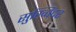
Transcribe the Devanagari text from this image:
सुख्विंदर